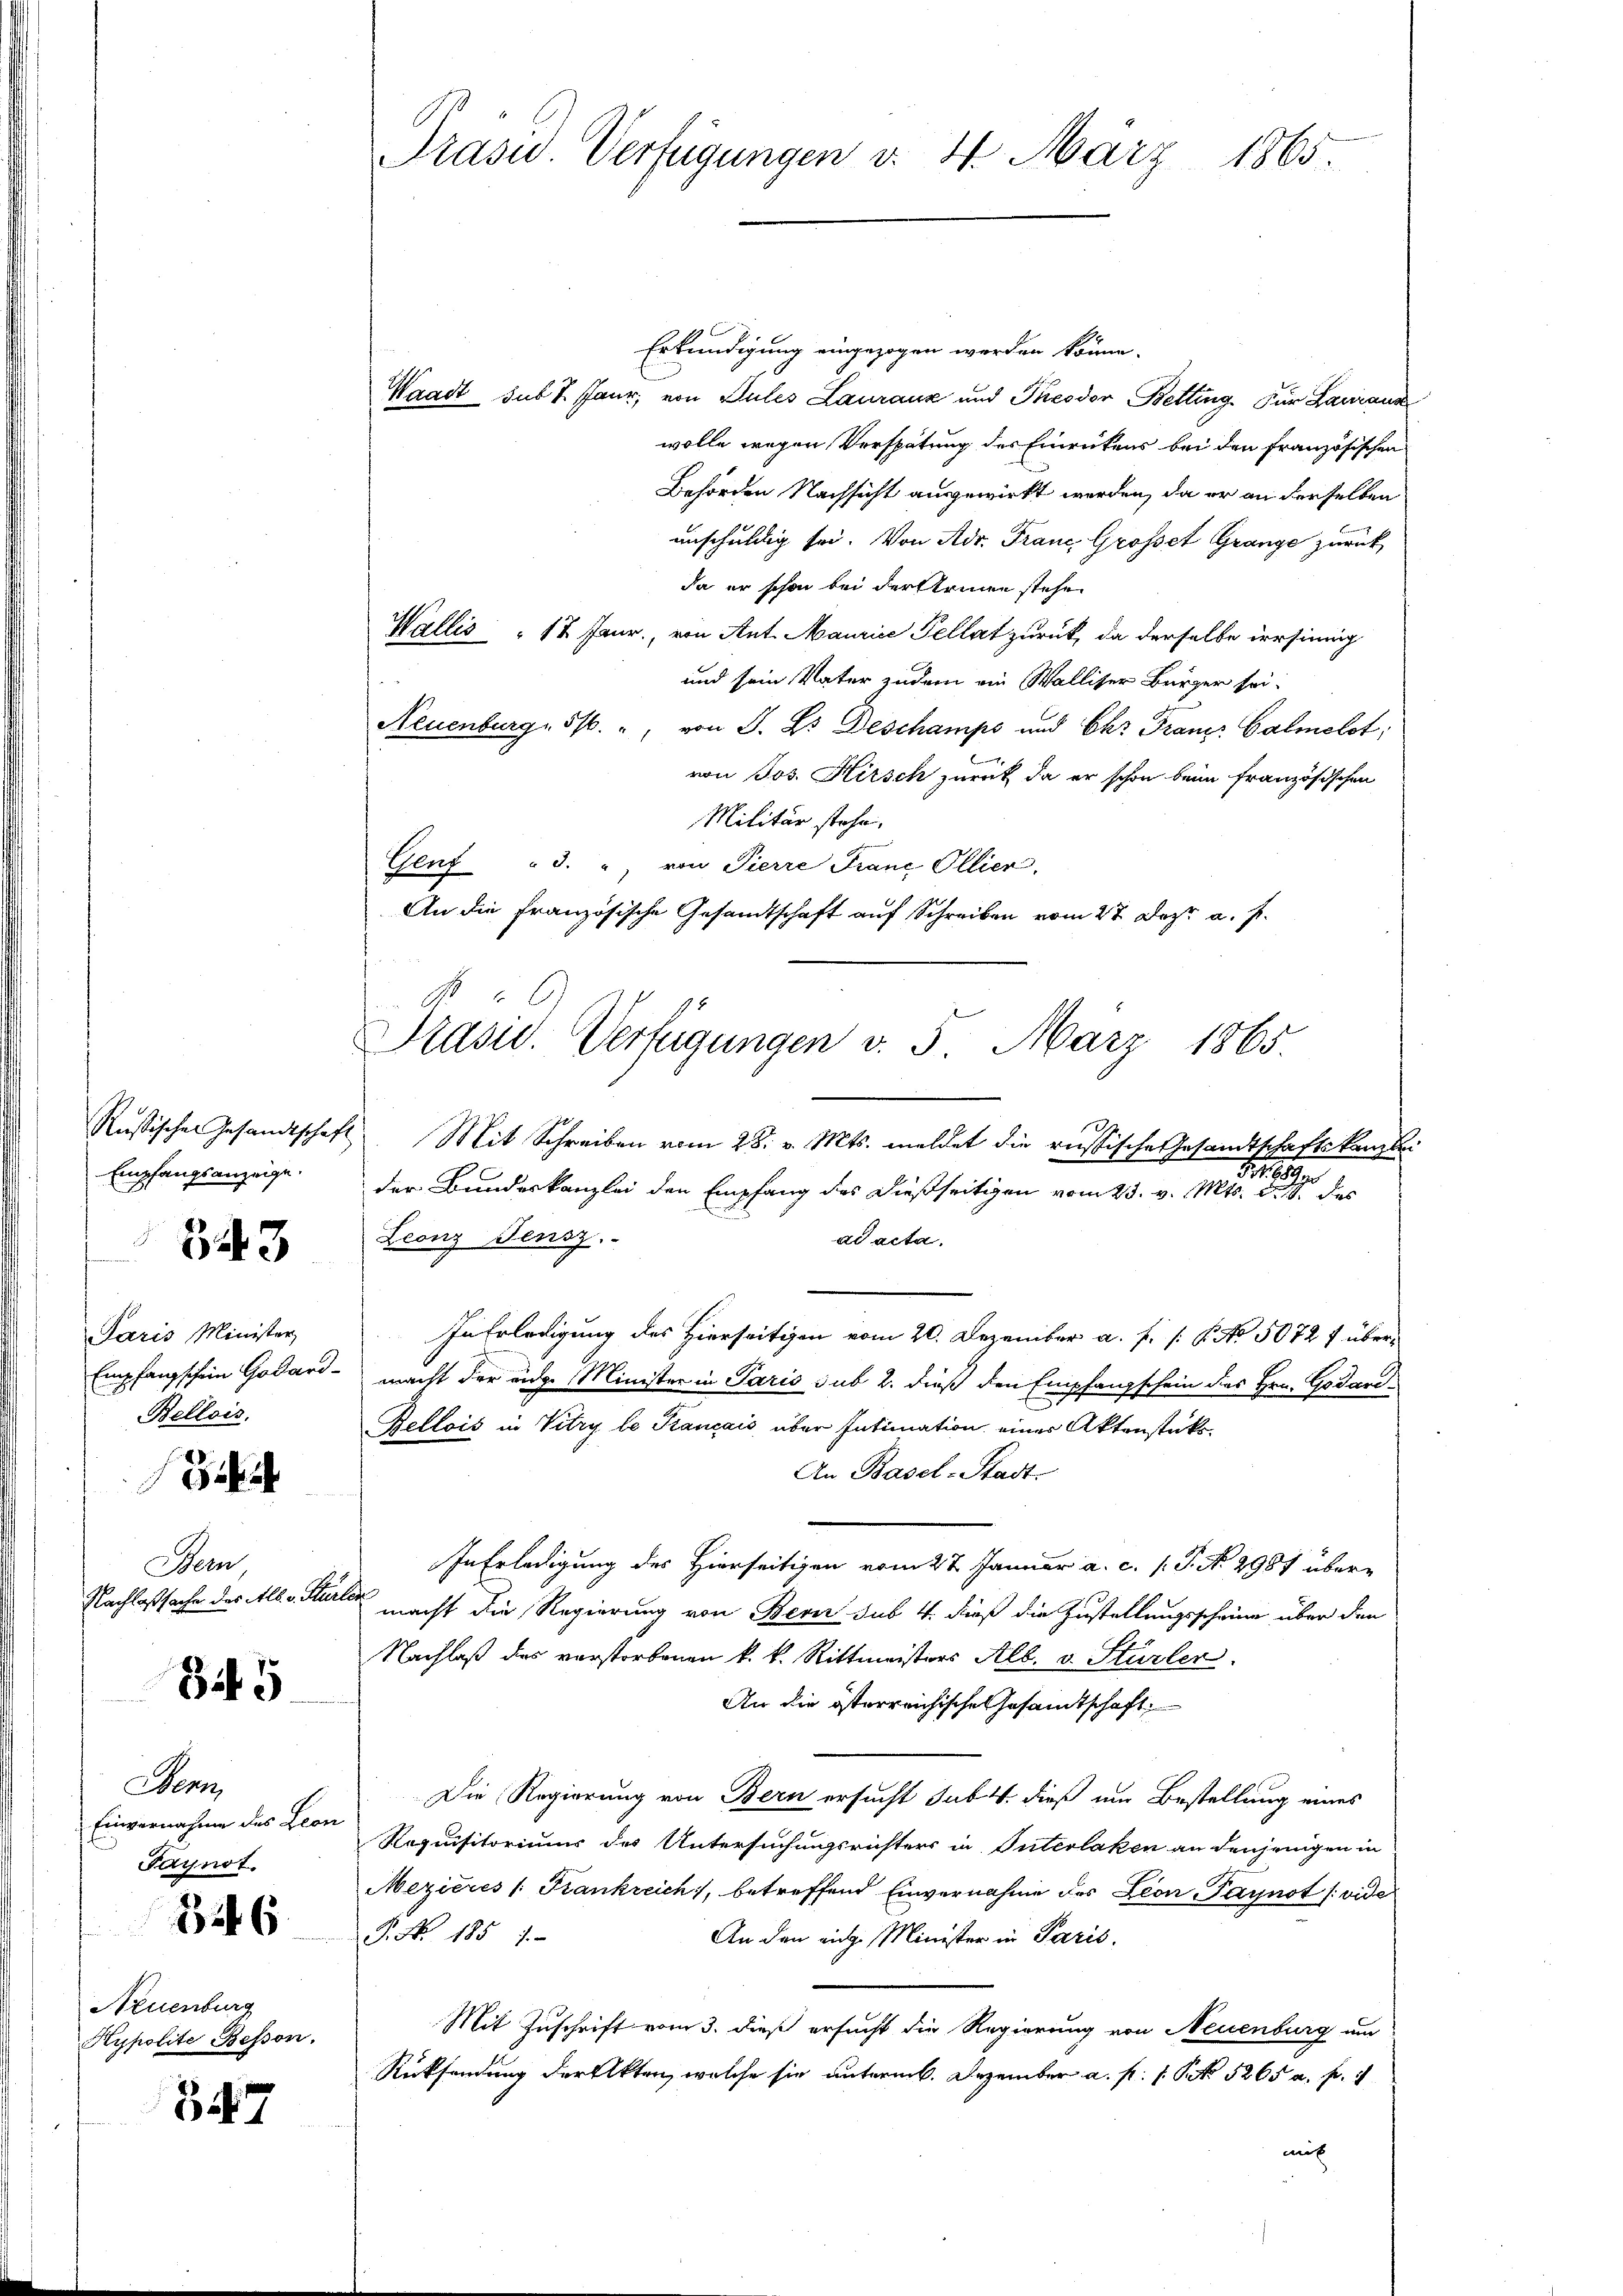
Rustisches Gesandtschaft
Empfangsanzeige.
343

Paris Minister
Empfangschein Godard-
Bellois.

Bern,
Nachlaßsache des Alb. v. Stürle

35

Nem
Einvernahme des Leon
Faynot.

326

Neuenburg
Kypolite Beson

347

Prasw. Verfügungen v. 4. März 1865.

Erkundigung eingezogen werden könne.
Waadt sub 7. Jaur, von Pules Lauranz und Theodor Betting. Für Lavizaus
wolle wegen Verspätung des Einrückens bei den französischen
Behörden Nachsicht ausgewirkt werden, da er an derselben
unschuldig sei. Von Adr. Franc, Grosset Grange zurück
da er schon bei der Armen stehe.
Wallis 12 Janr., von Ant. Maurice Pellat zurück, da derselbe irrsinnig
und sein Vater zudem ein Walliser Bürger sei.
Neuenburg, 5/. ", von J. Es Deschamps und Ehr Franz. Galmolst;
von Jos. Hirsch zurück, da er schon beim französischen
Militär stehe.
Genf "3. " von Pierre Franc Ollier.
An die französische Gesandtschaft auf Schreiben vom 27. Dez. a. f.
6
Mit Schreiben vom 28. v. Mts. meldet die russische Gesandtschaftskanzlei
B
der Bundeskanzlei den Empfang des dießseitigen vom 23. v. Mts. d. 1 des
ad acta.
Leonz Fensz
In Erledigung des Hierseitigen vom 20. Dezember a. f. P. No 5072 f übermacht der eidg. Minister in Paris sub 2. dieß den Empfangschein des Hrn. Godar¬
Rellois in Vitry le Krancais aber Intimation eines Aktenstüks¬
An Basel-Stadt.
In Erledigung des Hierseitigen vom 22 Januar a. c. s. S. N. 2987 über¬
 macht die Regierung von Bern sub 4. dieß die Zustellungsscheine über den
Nachlaß des verstorbenen k. k. Rittmeisters Alb. v. Stürler
An die österreichische Gesamtschaft
Die Regierung von Bern ersucht sub. 4. dieß um Bestellung eines
Requisitoriums des Untersuchungsrichters in Interlaken an denjenigen in
Mezières /: Frankreich, betreffend Einvernahme des Leon, Paynot (vide
. No. 1857.
An den eige Minister in Paris.
Mit Zuschrift vom 3. dieß ersucht die Regierung von Neuenburg um
Rücksendung der Akten, welche sie unterm. Dezember a. f. 1. No. 5265 u. fr.
mit

Präsid.. Verfügungen d. 5. März 1865.